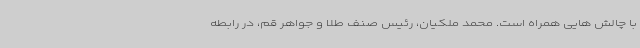
با چالش هایی همراه است. محمد ملکیان، رئیس صنف طلا و جواهر قم، در رابطه